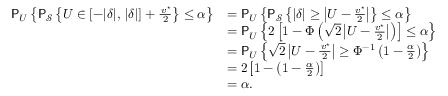
\begin{array} { r l } { \mathsf { P } _ { U } \left\{ \mathsf { P } _ { \mathcal { S } } \left\{ U \in [ - | \delta | , \, | \delta | ] + \frac { \, v ^ { \star } } { 2 } \right\} \le \alpha \right\} } & { = \mathsf { P } _ { U } \left\{ \mathsf { P } _ { \mathcal { S } } \left\{ | \delta | \ge \left| U - \frac { v ^ { \star } } { 2 } \right| \right\} \le \alpha \right\} } \\ & { = \mathsf { P } _ { U } \left\{ 2 \left[ 1 - \Phi \left( \sqrt { 2 } \left| U - \frac { v ^ { \star } } { 2 } \right| \right) \right] \le \alpha \right\} } \\ & { = \mathsf { P } _ { U } \left\{ \sqrt { 2 } \left| U - \frac { \, v ^ { \star } } { 2 } \right| \ge \Phi ^ { - 1 } \left( 1 - \frac { \alpha } { 2 } \right) \right\} } \\ & { = 2 \left[ 1 - \left( 1 - \frac { \alpha } { 2 } \right) \right] } \\ & { = \alpha . } \end{array}